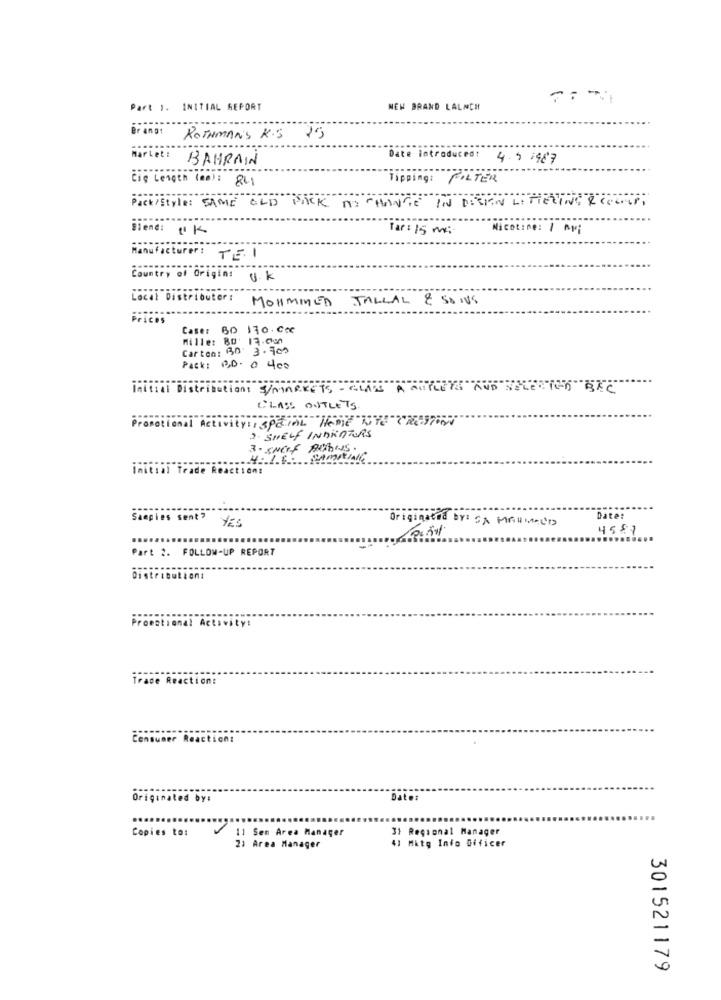
Part 1. INITIAL REPORT
NEN BRAND LALNEH
Fr anst
ROTHMANS K.S 25
Market:
BAHRAIN
Date introduced:
4.5 1987
Ciq Length (aa) : 841
Tipping:
FILTER
Pack/style: SAME OLD PACK TO CHANGE IN DIESEN LITTERING REFLECT,
Diend: 14
Tar : 15 me:
Nicotine: 1 AMi
Manufacturer: TE. I
Country of Origin: U. k
Local Distributor:
MOHAMMED JALLAL & SONS
Prices
Case: 60 170.Cc
Mille: 80: 17.000
Carton: 30. 3.700
Pack: P.D. 0 400
I Distributions S/MARKETS - GLASS A AUTOR"AND"SELECTED"BEC
CLASS OUTLETS
USPENAL HOME BYTROW
Promotional
2 SHELF INDRATORS
3. Sweet BUTTONS.
Initial Trade Reaction:
Originated By: SA MAUNICO
Date:
Samples sent? Yes
4587
Part 2. FOLLOW-UP REPORT
Distribution:
Promotional Activit
Trace Reaction:
Consumer Reaction:
Originated by:
Date:
Copies to:
11 Sen Area Manager
31 Regional Manager
21 Area Manager
41 Mitg Info Dificer
301521179